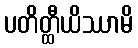
ပတိတ္ထီယိဿာမိ